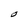
Character: O